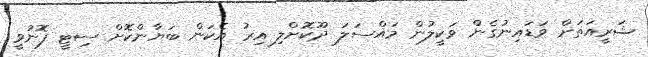
ޝަރީއަތަށް ވަޑައިނުގެން ވަކީލުން މައްސަލަ ދޫކޮށްލި އިރު އެކަން ބަޔާންކޮށް ސިޓީ ފޮނުވީ